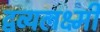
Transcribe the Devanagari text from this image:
द्वव्यलक्ष्मी